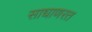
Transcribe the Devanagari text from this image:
साधाणरत